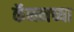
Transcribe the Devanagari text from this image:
कॅननच्या